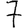
Digit: 7